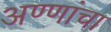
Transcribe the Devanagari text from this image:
अण्णांचा